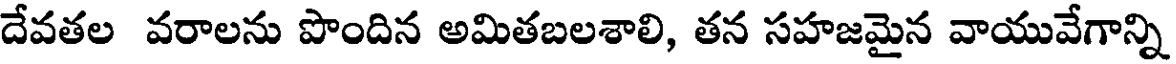
దేవతల వరాలను పొందిన అమితబలశాలి, తన సహజమైన వాయువేగాన్ని